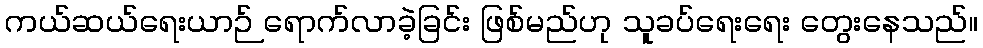
ကယ်ဆယ်ရေးယာဉ် ရောက်လာခဲ့ခြင်း ဖြစ်မည်ဟု သူခပ်ရေးရေး တွေးနေသည်။